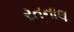
રતનાલ